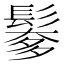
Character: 𩮅